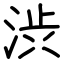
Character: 渋